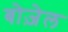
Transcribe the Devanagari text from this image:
बोज़ेल